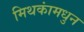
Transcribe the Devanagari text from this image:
मिथकांमधुन